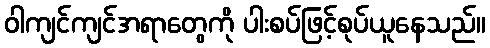
ဝါကျင်ကျင်အရာတွေကို ပါးစပ်ဖြင့်စုပ်ယူနေသည်။